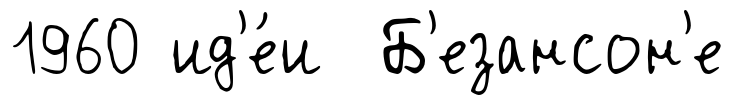
1960 ид'е́и Б'езансон'е